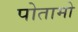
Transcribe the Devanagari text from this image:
पोतामो